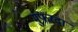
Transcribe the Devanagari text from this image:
मुफरदा